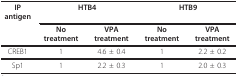
| IP antigen | <COLSPAN=2> HTB4 | <COLSPAN=2> HTB9 |
 |  | No treatment | VPA treatment | No treatment | VPA treatment |
 | --- | --- | --- | --- | --- |
 | CREB1 | 1 | 4.6 ± 0.4 | 1 | 2.2 ± 0.2 |
 | Sp1 | 1 | 2.2 ± 0.3 | 1 | 2.0 ± 0.3 |